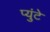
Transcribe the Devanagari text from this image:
प्युंटे